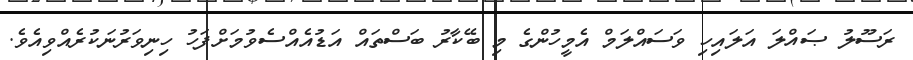
ރަސޫލު ޞައްލަ އަލައިހި ވަސައްލަމް އެމީހުންގެ މި ބޭކާރު ބަސްތައް އަޑުއެއްސެވުމަށްފަހު ހިނިވަރުނަކުރެއްވިއެވެ.